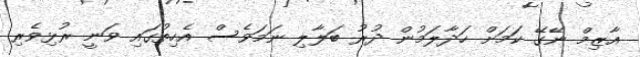
އާޒިމް ނޭގޭ ކަމަށް ހަދާލަމުން ދުރު ބަލާލި ނަމަވެސް އެހިތުގައި ވަނީ ރުޅިވެރި